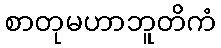
စာတုမဟာဘူတိကံ